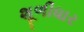
શૂળીધાર